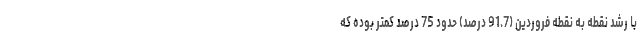
با رشد نقطه به نقطه فروردین (91.7 درصد) حدود 75 درصد کمتر بوده که